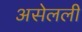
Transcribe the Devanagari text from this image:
असेलली